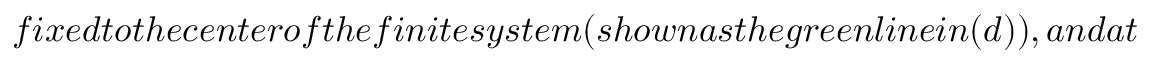
f i x e d t o t h e c e n t e r o f t h e f i n i t e s y s t e m ( s h o w n a s t h e g r e e n l i n e i n ( d ) ) , a n d a t